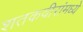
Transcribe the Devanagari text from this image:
शतकवीरांमध्ये